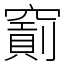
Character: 𥨐